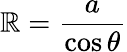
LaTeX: \mathbb{R}={\frac{{a}}{{\cos\theta}}}